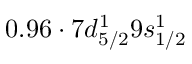
0 . 9 6 \cdot 7 d _ { 5 / 2 } ^ { 1 } 9 s _ { 1 / 2 } ^ { 1 }